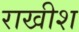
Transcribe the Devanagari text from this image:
राखीश